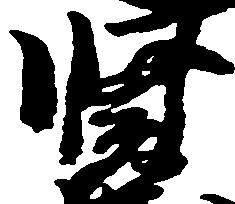
賢